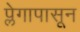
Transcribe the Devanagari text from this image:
प्लेगापासून